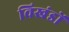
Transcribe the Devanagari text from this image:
विखंडों